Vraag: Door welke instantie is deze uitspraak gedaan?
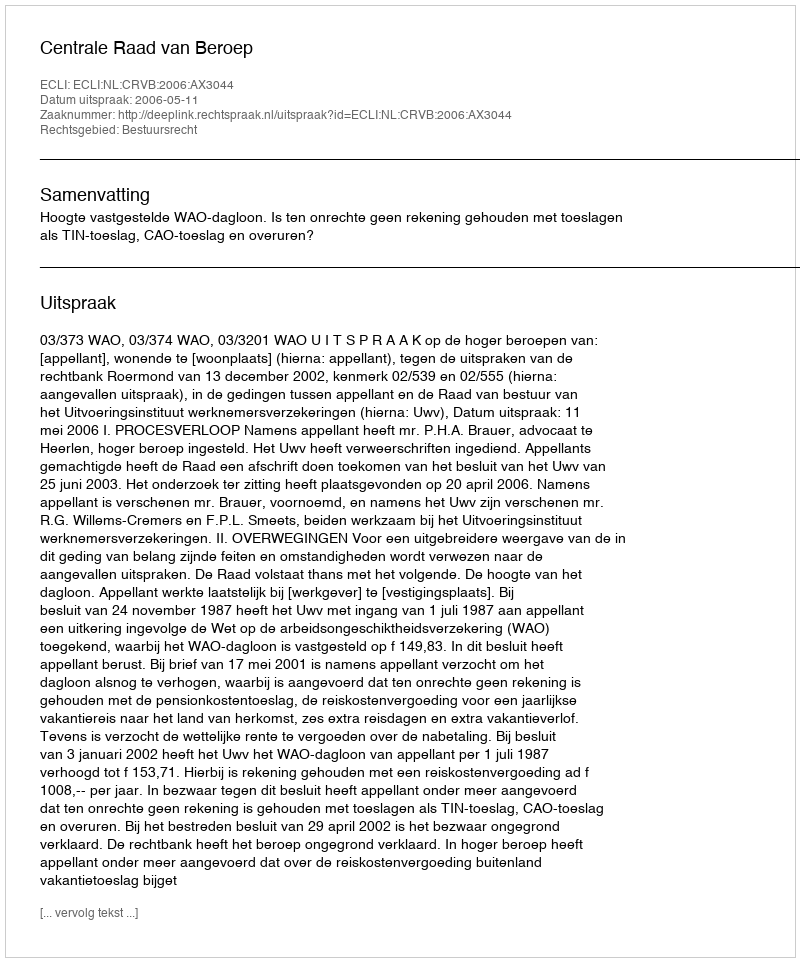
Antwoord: Centrale Raad van Beroep